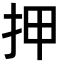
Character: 押